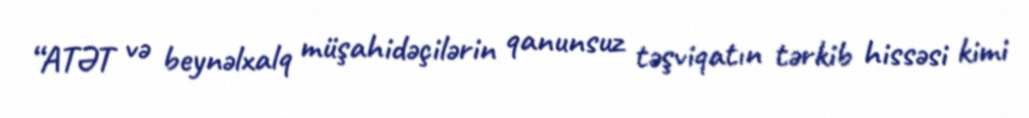
“ATƏT və beynəlxalq müşahidəçilərin qanunsuz təşviqatın tərkib hissəsi kimi